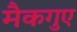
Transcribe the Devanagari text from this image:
मैकगुए